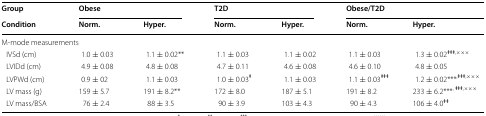
| Group | <COLSPAN=2> Obese | <COLSPAN=2> T2D | <COLSPAN=2> Obese/T2D |
 | Condition | Norm. | Hyper. | Norm. | Hyper. | Norm. | Hyper. |
 | --- | --- | --- | --- | --- | --- | --- |
 | <COLSPAN=7> M-mode measurements |
 | IVSd (cm) | 1.0 ± 0.03 | 1.1 ± 0.02** | 1.1 ± 0.03 | 1.1 ± 0.02 | 1.1 ± 0.03 | 1.3 ± 0.02ǂǂǂ,××× |
 | LVIDd (cm) | 4.9 ± 0.08 | 4.8 ± 0.08 | 4.7 ± 0.11 | 4.6 ± 0.08 | 4.6 ± 0.10 | 4.8 ± 0.05 |
 | LVPWd (cm) | 0.9 ± 02 | 1.1 ± 0.03 | 1.0 ± 0.03ǂ | 1.1 ± 0.03 | 1.1 ± 0.03ǂǂǂ | 1.2 ± 0.02***,ǂǂǂ,××× |
 | LV mass (g) | 159 ± 5.7 | 191 ± 8.2** | 172 ± 8.0 | 187 ± 5.1 | 191 ± 8.2 | 233 ± 6.2***, ǂǂǂ,××× |
 | LV mass/BSA | 76 ± 2.4 | 88 ± 3.5 | 90 ± 3.9 | 103 ± 4.3 | 90 ± 4.3 | 106 ± 4.0ǂǂ |